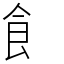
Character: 飠